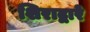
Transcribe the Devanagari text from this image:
शिराद्वारे